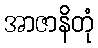
အာဇာနိတုံ